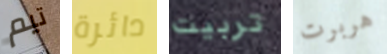
تيم دائرة تربيت هربرت